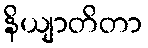
နိယျာတိတာ